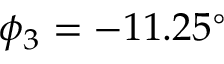
\phi _ { 3 } = - 1 1 . 2 5 ^ { \circ }